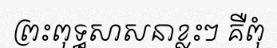
ព្រះពុទ្ធសាសនាខ្លះៗ គឺពុំ